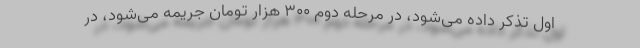
اول تذکر داده می‌شود، در مرحله دوم ۳۰۰ هزار تومان جریمه می‌شود، در